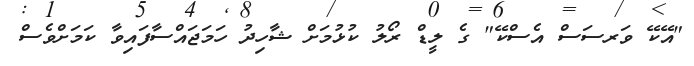
"އޭކޭ ވަރސަސް އެސްކޭ" ގެ ލީޑް ރޯލު ކުޅުމަށް ޝާހިދު ހަމަޖައްސާފައިވާ ކަމަށްވެސް